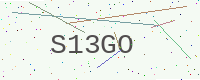
Text: S13GO